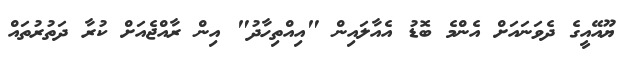
ޔޫއޭއީގެ ދެވަނައަށް އެންމެ ބޮޑު އެއާލައިން "އިއްތިހާދު" އިން ރާއްޖެއަށް ކުރާ ދަތުރުތައް